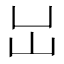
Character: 𡴳